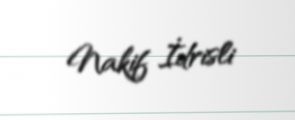
Nakif İdrisli